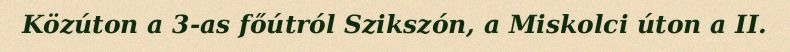
Közúton a 3-as főútról Szikszón, a Miskolci úton a II.